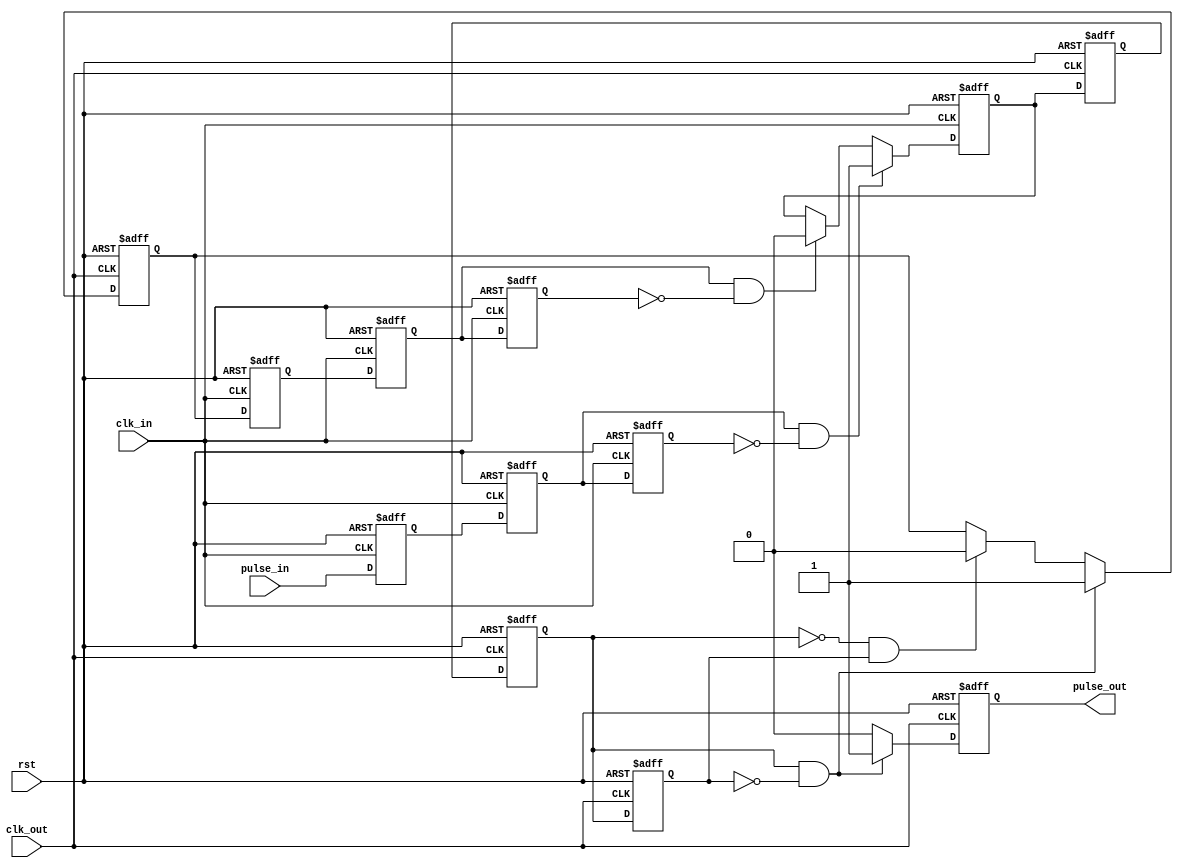
module pulse_synchronise(
    input pulse_in, //% input pulse 
    input clk_in, //% pulse_in control clock
    input clk_out, //% pulse_out control clock
    input rst, //% module reset
    output reg pulse_out //% output pulse
    );
 reg set;
 reg in_reg1,in_reg2,in_reg3;
 reg set_reg1,set_reg2,set_reg3;
 reg en,en_reg1,en_reg2,en_reg3;
 
 always@(posedge clk_in or posedge rst)
  begin
   if(rst)
    begin
    in_reg1<=0;
    in_reg2<=0;
    in_reg3<=0;
    set_reg1<=0;
    set_reg2<=0;
    set_reg3<=0;
    en<=0;
    end
   else
    begin
     in_reg1<=pulse_in;
     in_reg2<=in_reg1;
     in_reg3<=in_reg2;
     set_reg1<=set;
     set_reg2<=set_reg1;
     set_reg3<=set_reg2;
     if(in_reg2==1'b1&&in_reg3==1'b0)
      begin en<=1; end
     else if(set_reg2==1'b1&&set_reg3==1'b0)
      begin en<=0; end
     else begin en<=en; end
    end
  end
 
 always@(posedge clk_out or posedge rst)
  begin
   if(rst)
    begin
     en_reg1<=0;
     en_reg2<=0;
     en_reg3<=0;
     set<=0;
     pulse_out<=0;
    end
   else
    begin
     en_reg1<=en;
     en_reg2<=en_reg1;
     en_reg3<=en_reg2;
     if(en_reg2==1'b1&&en_reg3==1'b0)
      begin 
       pulse_out<=1;
       set<=1;
      end
     else 
      begin
       if(en_reg2==1'b0&&en_reg3==1'b1)
        begin
         pulse_out<=0;
         set<=0;
        end
       else
        begin
         pulse_out<=0;
         set<=set;
        end
      end
    end
  end   
  
endmodule